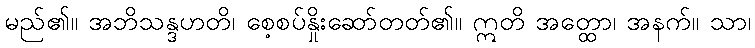
မည်၏။ အဘိသန္ဒဟတိ၊ စေ့စပ်နှိုးဆော်တတ်၏။ ဣတိ အတ္ထော၊ အနက်။ သာ၊